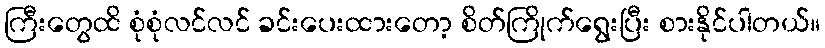
ကြီးတွေထိ စုံစုံလင်လင် ခင်းပေးထားတော့ စိတ်ကြိုက်ရွေးပြီး စားနိုင်ပါတယ်။